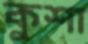
কুশা